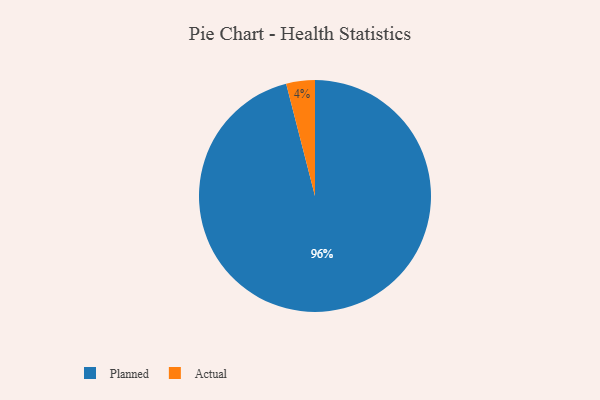
{"axis": {"x": "Category", "y": "Percentage"}, "legend": ["Actual", "Planned"], "data": [{"x": "Planned", "y": 96, "type": "Planned"}, {"x": "Actual", "y": 4, "type": "Actual"}]}